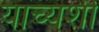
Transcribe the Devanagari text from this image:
याच्यशी